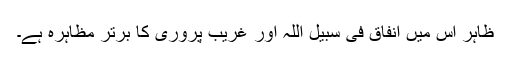
ظاہر اس میں انفاقِ فی سبیل اللہ اور غریب پروری کا برتر مظاہرہ ہے۔